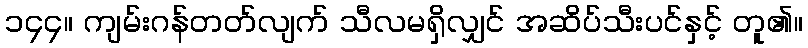
၁၄၄။ ကျမ်းဂန်တတ်လျက် သီလမရှိလျှင် အဆိပ်သီးပင်နှင့် တူ၏။